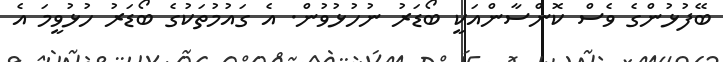
ބޭފުޅުންގެ ވެސް ކޮންސާންއަކީ ބޯޑަރު ނުހުޅުވުން. އެ ގައުމުތަކުގެ ބޯޑަރު ހުޅުވީމަ އެ